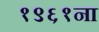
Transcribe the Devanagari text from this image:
१९६१ना